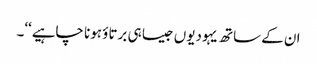
ان کے ساتھ یہودیوں جیسا ہی برتاؤ ہونا چاہیے‘‘۔